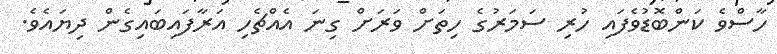
ހާސްވެ ކަންބޮޑުވެފައި ހުރި ސަމަރުގެ ހިތަށް ވަރަށް ގިނަ އެއްޗެހި އަރާފައިބައިގެން ދިޔައެވެ.